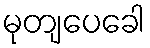
မုတျပေခေါ